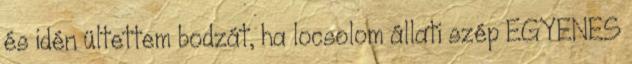
és idén ültettem bodzát, ha locsolom állati szép EGYENES